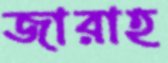
জারাহ